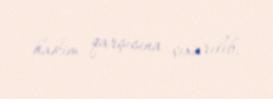
hakim qarşısına çıxarılıb.